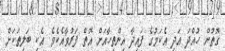
ގޮތުން ހުއްދަ އަދި އެކަމުގެ ފައިދާ އިންތިހާއަށް އޮތް ފަރުވާއެކެވެ. އެކި ބަލިތަކަށް